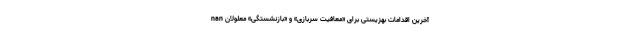
nan آخرین اقدامات بهزیستی برای «معافیت سربازی» و «بازنشستگی» معلولان